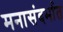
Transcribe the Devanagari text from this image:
मनासंदर्भात